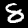
Label: 8